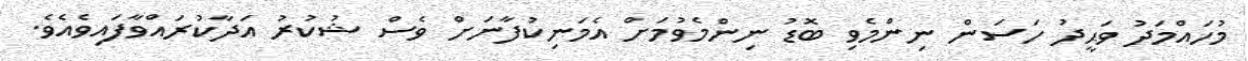
މުހައްމަދު ވަޙީދު ހަސަން ނިންމެވި ބޮޑު ނިންމެވުމަށް އެމަނިކުފާނަށް ވެސް ޝުކުރު އަދާކުރައްވާފައިވެއެވެ.